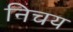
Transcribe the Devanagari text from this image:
निचय